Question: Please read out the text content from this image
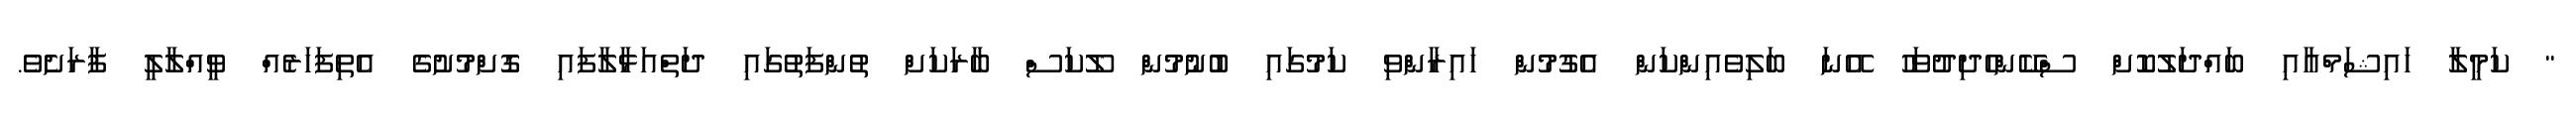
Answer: " ކަމީލާ ހައިޝަމްއާއި ބައްދަލުކޮށް ސްކޭންހެދިދުވަހު އޭނަ ބަލިވެއިންކަން އެގުމުން ހައިރާންވި ކަމުގައި ބުނުމުން ލޫކަސް ބާރަކަށް ތުންފަތުގައި ދަތްއަޅާލާފައި ގޮށްމުށުގެ އެތިފަހަރެއް ވީއްލާލީ ފާރަށެވެ.